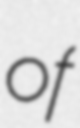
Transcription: of